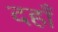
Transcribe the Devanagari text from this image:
दहाँ